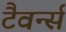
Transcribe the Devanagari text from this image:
टैवर्न्स